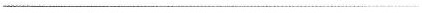
___